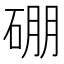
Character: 硼